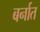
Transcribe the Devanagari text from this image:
बर्नात